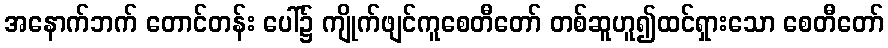
အနောက်ဘက် တောင်တန်း ပေါ်၌ ကျိုက်ဖျင်ကူစေတီတော် တစ်ဆူဟူ၍ထင်ရှားသော စေတီတော်